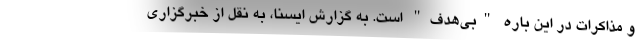
و مذاکرات در این باره "بی‌هدف" است. به گزارش ایسنا، به نقل از خبرگزاری